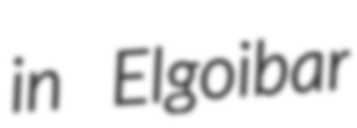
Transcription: in Elgoibar